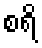
စရိ